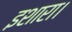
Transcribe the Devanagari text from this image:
इशारा।